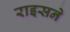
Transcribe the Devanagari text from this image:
राइसने